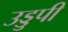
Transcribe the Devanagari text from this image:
उड्डुपी